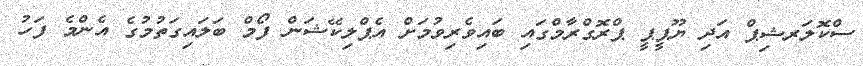
ސްކޮލަރޝިޕް އަދި ޔޫޕީޕީ ޕްރޮގްރާމްގައި ބައިވެރިވުމަށް އެޕްލިކޭޝަން ފޯމް ބަލައިގަތުމުގެ އެންމެ ފަހު